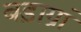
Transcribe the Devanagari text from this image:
बड़ाग्रां